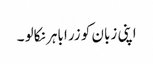
اپنی زبان کو زرا باہر نکالو ۔